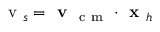
\mathrm { ~ v ~ } _ { s } = \textbf { v } _ { \mathrm { ~ c ~ m ~ } } \cdot \textbf { x } _ { h }